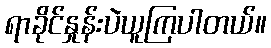
ရာခိုင်နှုန်းပဲယူကြပါတယ်။